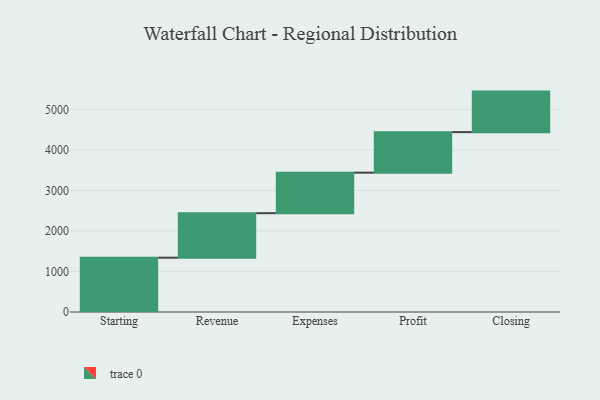
{"axis": {"x": "Step", "y": "Value"}, "legend": [""], "data": [{"x": "Starting", "y": 1340.0, "type": ""}, {"x": "Revenue", "y": 1098.0, "type": ""}, {"x": "Expenses", "y": 1000, "type": ""}, {"x": "Profit", "y": 1000, "type": ""}, {"x": "Closing", "y": 1000, "type": ""}]}